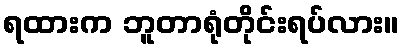
ရထားက ဘူတာရုံတိုင်းရပ်လား။